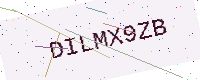
Text: DILMX9ZB